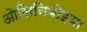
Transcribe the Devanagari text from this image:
ओसिनिबोइया